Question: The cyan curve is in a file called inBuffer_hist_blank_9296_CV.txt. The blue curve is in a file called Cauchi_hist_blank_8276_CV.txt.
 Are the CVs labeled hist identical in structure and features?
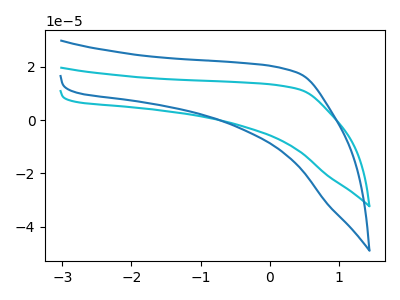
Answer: <think>The cyan curve "hist_blank1" has no peaks. The blue curve "hist_blank2" has no peaks.
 Neither "hist_blank1" or "hist_blank2" have any peaks.</think>
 <answer>All the CV's of "hist" have similar shape.</answer>
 <eval>follow_rule</eval>